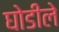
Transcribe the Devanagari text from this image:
घोडीले